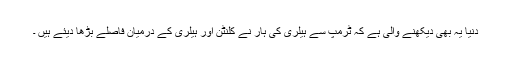
دنیا یہ بھی دیکھنے والی ہے کہ ٹرمپ سے ہیلری کی ہار نے کلنٹن اور ہیلری کے درمیان فاصلے بڑھا دیئے ہیں ۔